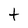
Character: t